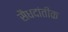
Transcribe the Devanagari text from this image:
सैधदांतीक